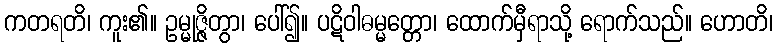
ကတရတိ၊ ကူး၏။ ဥမ္မုဇ္ဇိတွာ၊ ပေါ်၍။ ပဋိဝါဓမ္မတ္တော၊ ထောက်မှီရာသို့ ရောက်သည်။ ဟောတိ၊